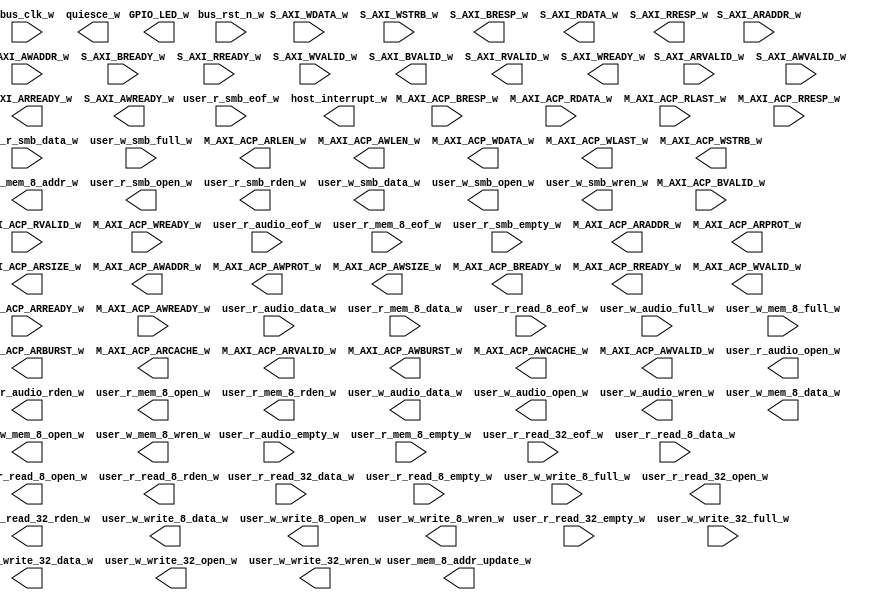
module xillybus_core
  (
  input  M_AXI_ACP_ARREADY_w,
  input  M_AXI_ACP_AWREADY_w,
  input [1:0] M_AXI_ACP_BRESP_w,
  input  M_AXI_ACP_BVALID_w,
  input [63:0] M_AXI_ACP_RDATA_w,
  input  M_AXI_ACP_RLAST_w,
  input [1:0] M_AXI_ACP_RRESP_w,
  input  M_AXI_ACP_RVALID_w,
  input  M_AXI_ACP_WREADY_w,
  input [31:0] S_AXI_ARADDR_w,
  input  S_AXI_ARVALID_w,
  input [31:0] S_AXI_AWADDR_w,
  input  S_AXI_AWVALID_w,
  input  S_AXI_BREADY_w,
  input  S_AXI_RREADY_w,
  input [31:0] S_AXI_WDATA_w,
  input [3:0] S_AXI_WSTRB_w,
  input  S_AXI_WVALID_w,
  input  bus_clk_w,
  input  bus_rst_n_w,
  input [31:0] user_r_audio_data_w,
  input  user_r_audio_empty_w,
  input  user_r_audio_eof_w,
  input [7:0] user_r_mem_8_data_w,
  input  user_r_mem_8_empty_w,
  input  user_r_mem_8_eof_w,
  input [31:0] user_r_read_32_data_w,
  input  user_r_read_32_empty_w,
  input  user_r_read_32_eof_w,
  input [7:0] user_r_read_8_data_w,
  input  user_r_read_8_empty_w,
  input  user_r_read_8_eof_w,
  input [7:0] user_r_smb_data_w,
  input  user_r_smb_empty_w,
  input  user_r_smb_eof_w,
  input  user_w_audio_full_w,
  input  user_w_mem_8_full_w,
  input  user_w_smb_full_w,
  input  user_w_write_32_full_w,
  input  user_w_write_8_full_w,
  output [3:0] GPIO_LED_w,
  output [31:0] M_AXI_ACP_ARADDR_w,
  output [1:0] M_AXI_ACP_ARBURST_w,
  output [3:0] M_AXI_ACP_ARCACHE_w,
  output [3:0] M_AXI_ACP_ARLEN_w,
  output [2:0] M_AXI_ACP_ARPROT_w,
  output [2:0] M_AXI_ACP_ARSIZE_w,
  output  M_AXI_ACP_ARVALID_w,
  output [31:0] M_AXI_ACP_AWADDR_w,
  output [1:0] M_AXI_ACP_AWBURST_w,
  output [3:0] M_AXI_ACP_AWCACHE_w,
  output [3:0] M_AXI_ACP_AWLEN_w,
  output [2:0] M_AXI_ACP_AWPROT_w,
  output [2:0] M_AXI_ACP_AWSIZE_w,
  output  M_AXI_ACP_AWVALID_w,
  output  M_AXI_ACP_BREADY_w,
  output  M_AXI_ACP_RREADY_w,
  output [63:0] M_AXI_ACP_WDATA_w,
  output  M_AXI_ACP_WLAST_w,
  output [7:0] M_AXI_ACP_WSTRB_w,
  output  M_AXI_ACP_WVALID_w,
  output  S_AXI_ARREADY_w,
  output  S_AXI_AWREADY_w,
  output [1:0] S_AXI_BRESP_w,
  output  S_AXI_BVALID_w,
  output [31:0] S_AXI_RDATA_w,
  output [1:0] S_AXI_RRESP_w,
  output  S_AXI_RVALID_w,
  output  S_AXI_WREADY_w,
  output  host_interrupt_w,
  output  quiesce_w,
  output  user_mem_8_addr_update_w,
  output [4:0] user_mem_8_addr_w,
  output  user_r_audio_open_w,
  output  user_r_audio_rden_w,
  output  user_r_mem_8_open_w,
  output  user_r_mem_8_rden_w,
  output  user_r_read_32_open_w,
  output  user_r_read_32_rden_w,
  output  user_r_read_8_open_w,
  output  user_r_read_8_rden_w,
  output  user_r_smb_open_w,
  output  user_r_smb_rden_w,
  output [31:0] user_w_audio_data_w,
  output  user_w_audio_open_w,
  output  user_w_audio_wren_w,
  output [7:0] user_w_mem_8_data_w,
  output  user_w_mem_8_open_w,
  output  user_w_mem_8_wren_w,
  output [7:0] user_w_smb_data_w,
  output  user_w_smb_open_w,
  output  user_w_smb_wren_w,
  output [31:0] user_w_write_32_data_w,
  output  user_w_write_32_open_w,
  output  user_w_write_32_wren_w,
  output [7:0] user_w_write_8_data_w,
  output  user_w_write_8_open_w,
  output  user_w_write_8_wren_w
);
endmodule